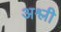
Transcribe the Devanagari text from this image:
अश्ली